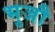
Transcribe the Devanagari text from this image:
भुजौ